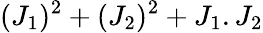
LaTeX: (J_{1})^{2}+(J_{2})^{2}+J_{1}.J_{2}